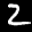
Label: 2